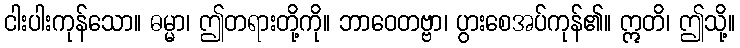
ငါးပါးကုန်သော။ ဓမ္မာ၊ ဤတရားတို့ကို။ ဘာဝေတဗ္ဗာ၊ ပွားစေအပ်ကုန်၏။ ဣတိ၊ ဤသို့။